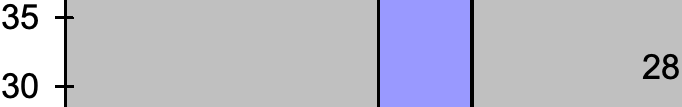
35 28 30